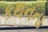
કથનના